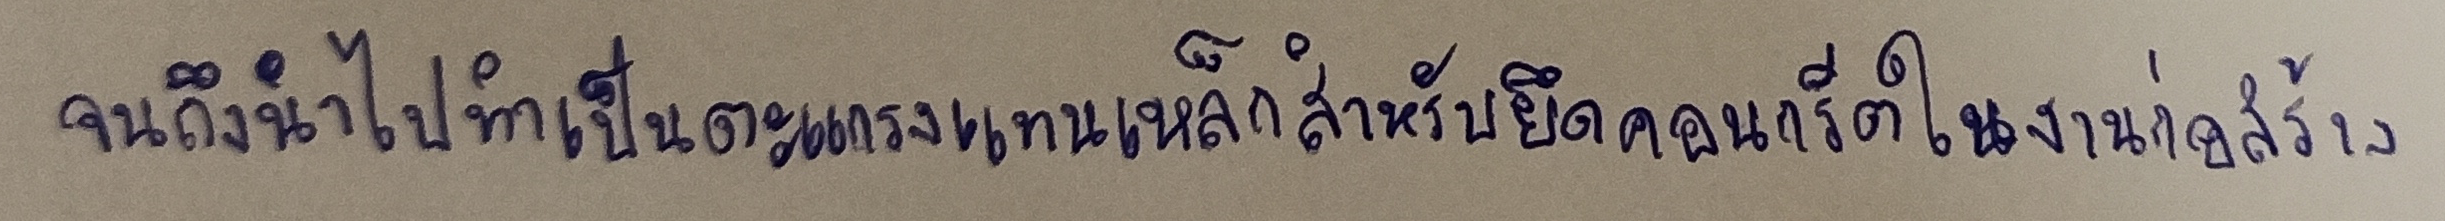
จนถึงนำไปทำเป็นตะแกรงแทนเหล็กสำหรับยึดคอนกรีตในงานก่อสร้าง